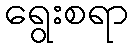
ရွေးစရာ